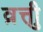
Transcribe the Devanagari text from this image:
व्रुत्ती